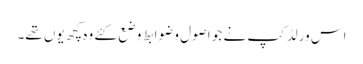
اس ورلڈکپ نے جو اصول و ضوابط وضع کئے وہ کچھ یوں تھے۔